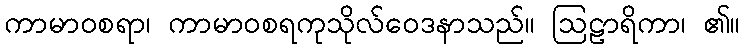
ကာမာဝစရာ၊ ကာမာဝစရကုသိုလ်ဝေဒနာသည်။ ဩဠာရိကာ၊ ၏။